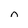
Character: n